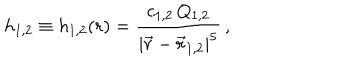
{ h _ { 1 , 2 } } \equiv { h _ { 1 , 2 } } ( r ) = { \frac { c _ { 1 , 2 } \, Q _ { 1 , 2 } } { \left| \vec { r } - \vec { r } _ { 1 , 2 } \right| ^ { 5 } } } \, ,